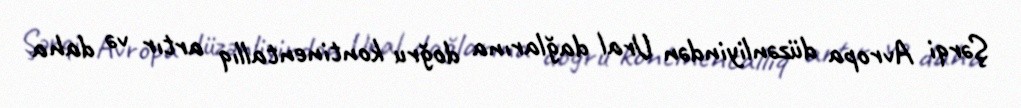
Şərqi Avropa düzənliyindən Ural dağlarına doğru kontinentallıq artır və daha